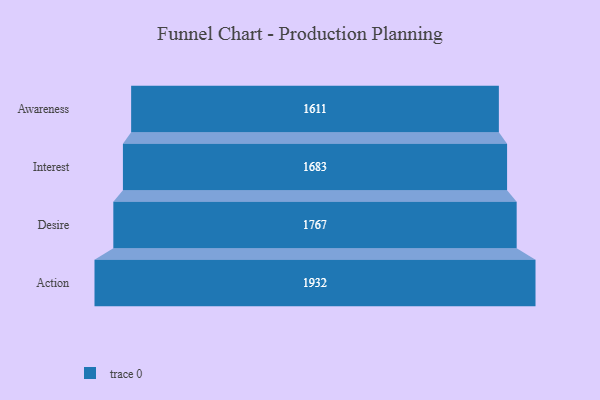
{"axis": {"x": "Stage", "y": "Value"}, "legend": [""], "data": [{"x": "Awareness", "y": 1611.0, "type": ""}, {"x": "Interest", "y": 1683.0, "type": ""}, {"x": "Desire", "y": 1767.0, "type": ""}, {"x": "Action", "y": 1932.0, "type": ""}]}